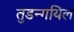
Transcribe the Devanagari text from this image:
तुडन्गयिल